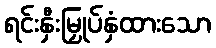
ရင်းနှီးမြှုပ်နှံထားသော